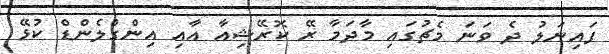
ފައިނަލު ދެ ވަނަ މެޗުގައި މާދަމާ ރޭ ކޮރޭޝިއާ އާއި އިންގްލެންޑް ކުޅޭ